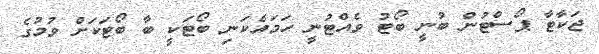
ޖަކާޓާ ޕޯސްޓުން ބުނީ ބޯޓު ވެއްޓުނީ ހަމައެކަނި ބޯޓަކީ ބާ ބޯޓަކަށް ވުމުގެ